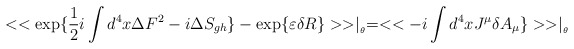
\begin{align*}<<\exp \{\frac{1}{2}i\int d^{4}x\Delta F^{2}-i\Delta S_{gh}\}-\exp \{\varepsilon \delta R\}>>\mid _{_{\theta }}=<<-i\int d^{4}xJ^{\mu }\delta A_{\mu }\}>>\mid _{_{\theta }}\end{align*}